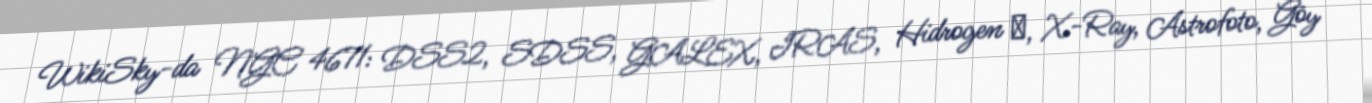
WikiSky-da NGC 4671: DSS2, SDSS, GALEX, IRAS, Hidrogen α, X-Ray, Astrofoto, Göy